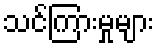
သင်ကြားမှုများ